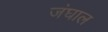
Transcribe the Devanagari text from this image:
जंघाल